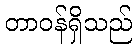
တာဝန်ရှိသည်